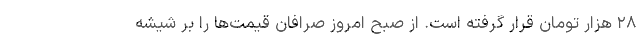
۲۸ هزار تومان قرار گرفته است. از صبح امروز صرافان قیمت‌ها را بر شیشه